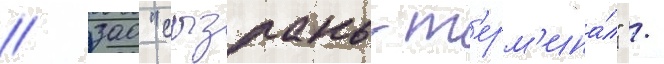
/ зао "сызрань-т'ерм'ина́л" /